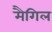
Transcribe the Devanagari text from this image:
मैगिल